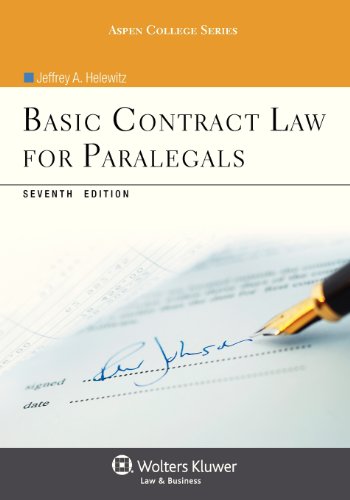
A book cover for Basic Contract Law for Paralegals, Seventh Edition (Aspen College); Jeffrey A. Helewitz; Law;